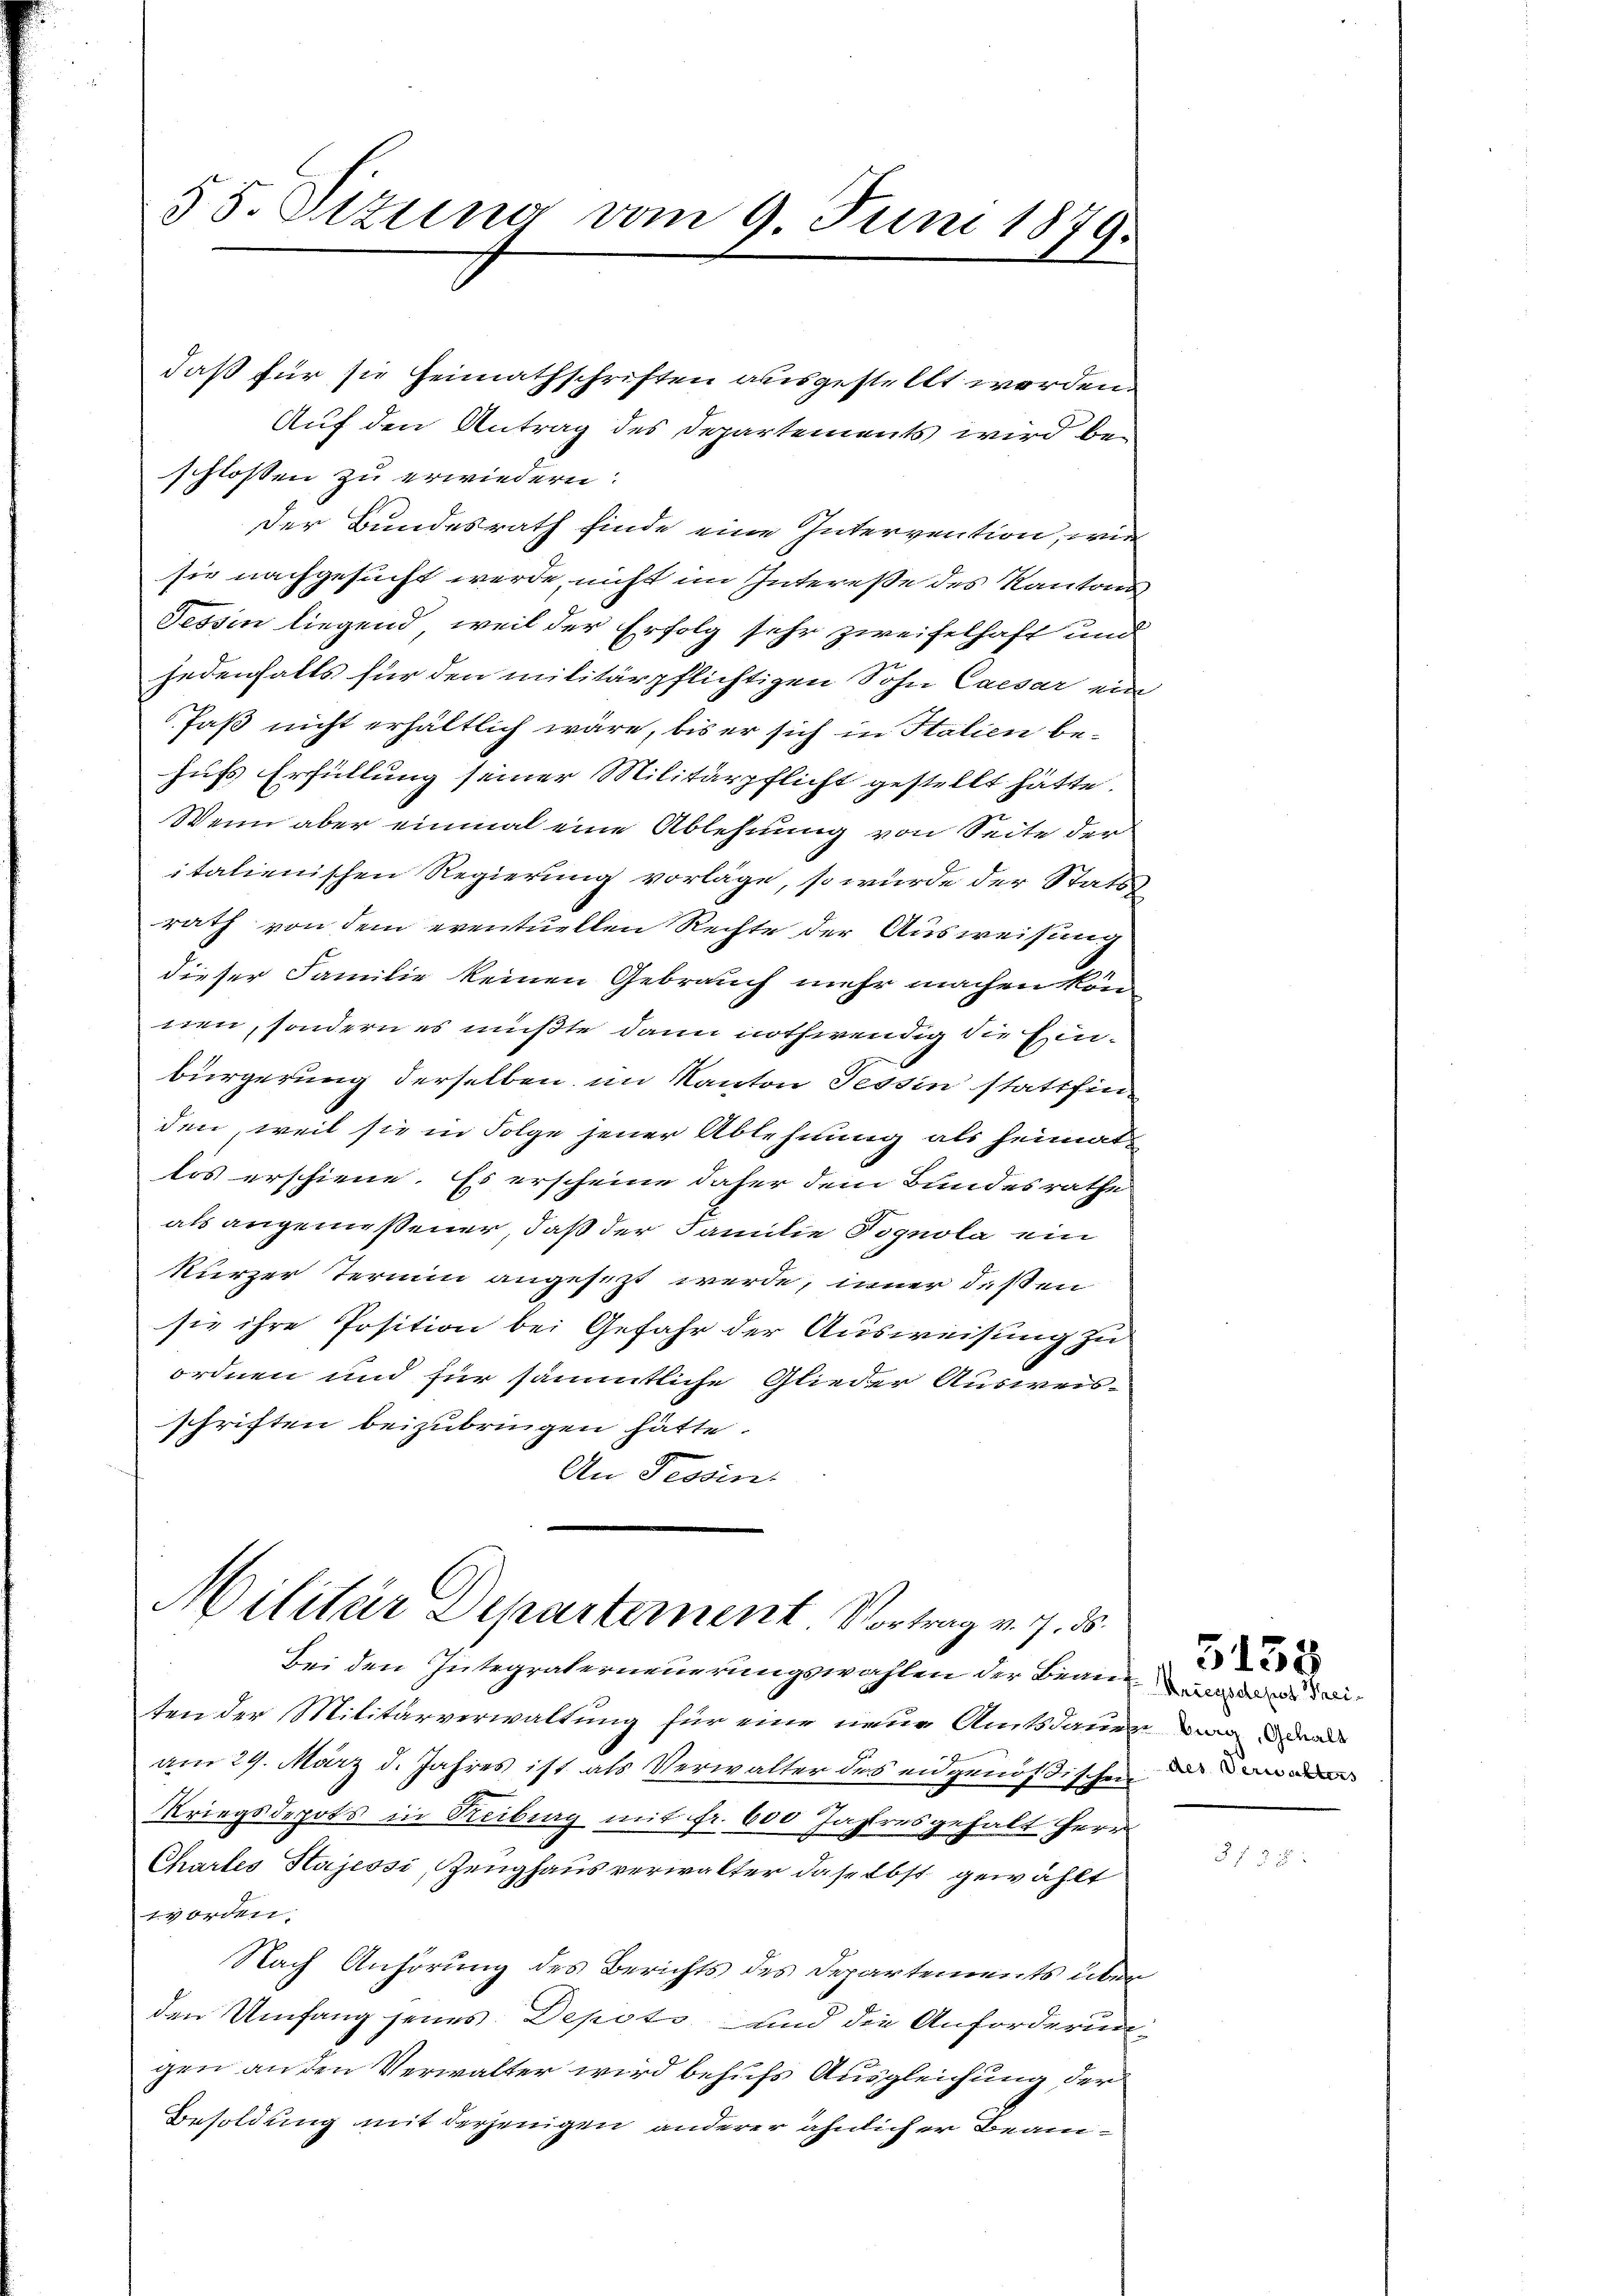
55. Situng vom 9. Juni 1879.

Auf den Antrag des Departements wird be-
schlossen zu erwiedern:
Der Bundesrath finde eine Intervention, wir
sie nachgesucht werde, nicht im Interesse des Kantons
Tessin liegend, weil der Erfolg sehr zweifelhaft und
jedenfalls für den militärpflichtigen Sohn Caesar ein
faß nicht erhältlich wäre, bis er sich in Italien behufs Erfüllung seiner Militärpflicht gestellt hätte.
Wenn aber einmal eine Ablehnung von Seite der
italienischen Regierung vorläge, so würde der Stats
rath von dem eventuellen Rechte der Ausweisung
dieser Familie keinen Gebrauch mehr machen kön
nen, sondern es mußte dann nothwendig die Einbürgerung derselben im Kanton Tessin stattfinden, weil sie in Folge jener Ablehnung als heimat
los erschiene. Es erscheine daher dem Bundesrathe
als angemessener, daß der Familie Tognola ein
kurzer Termin angesezt werde, inner deßen
sie ihre Position bei Gefahr der Ausweisung zu
ordnen und für sämmtliche Glieder Ausweis-
schriften beizubringen hätte.
An Tessin.

daß für sie Heimathschriften ausgestellt werden.

Militär Departement Vortrag v. 7. ds.
Bei den Integraterneuerungswahlen der Benne de sei¬

ten der Militärverwaltung für eine neue Amtsdauer mag a
am 29. März d. Jahres ist als Verwalter des eidgenößischen u. den der
Kriegsdepots in Reiburg mit fr. 600 Jahresgehalt Herr
Chartes Stajessi, Zeughausverwalter daselbst gewählt
14 orden.
Nach Anhörung des Berichts des Departements über
den Umfang jenes Depots und die Anforderungen an den Verwalter wird behufs Ausgleichung der
Besoldung mit derjenigen anderer ähnlicher Beam¬

5138

3)